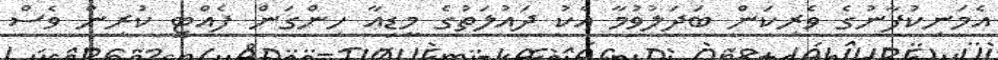
އެމަނިކުފާނުގެ ވެރިކަން ބަދަލުވުމާ އެކު ދައުލަތުގެ މީޑިއާ ހިންގަން ފެއްޓީ ކުރިން ވެސް